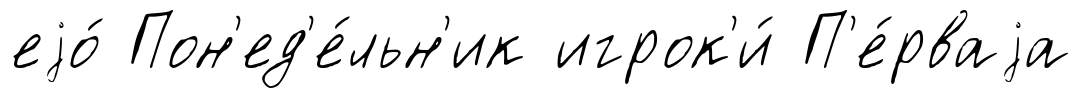
еjо́ Пон'ед'е́льн'ик игрок'и́ П'е́рваjа